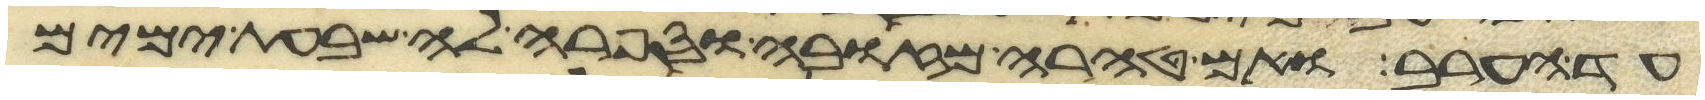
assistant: עד הערב ואם טהרה מזובה וספרה לה שבעת ימים